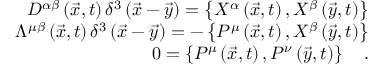
\begin{array} { r } { D ^ { \alpha \beta } \left( \vec { x } , t \right) \delta ^ { 3 } \left( \vec { x } - \vec { y } \right) = \left\{ X ^ { \alpha } \left( \vec { x } , t \right) , X ^ { \beta } \left( \vec { y } , t \right) \right\} } \\ { \Lambda ^ { \mu \beta } \left( \vec { x } , t \right) \delta ^ { 3 } \left( \vec { x } - \vec { y } \right) = - \left\{ P ^ { \mu } \left( \vec { x } , t \right) , X ^ { \beta } \left( \vec { y } , t \right) \right\} } \\ { 0 = \left\{ P ^ { \mu } \left( \vec { x } , t \right) , P ^ { \nu } \left( \vec { y } , t \right) \right\} \quad . } \end{array}